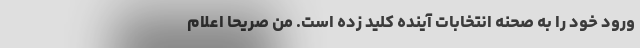
ورود خود را به صحنه انتخابات آینده کلید زده است. من صریحاً اعلام